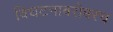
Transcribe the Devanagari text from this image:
विघटनाबरोबरच